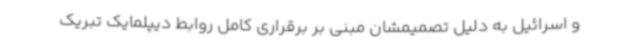
و اسرائیل به دلیل تصمیمشان مبنی بر برقراری کامل روابط دیپلمایک تبریک